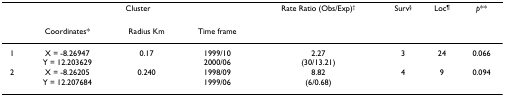
<table><thead><tr><td></td><td colspan="3"><b>Cluster</b></td><td><b>Rate Ratio (Obs/Exp)<sup>†</sup></b></td><td><b>Surv<sup>§</sup></b></td><td><b>Loc<sup>¶</sup></b></td><td><b><i>p</i>**</b></td></tr><tr><td></td><td><b>Coordinates*</b></td><td><b>Radius Km</b></td><td><b>Time frame</b></td><td></td><td></td><td></td><td></td></tr></thead><tbody><tr><td>1</td><td>X = -8.26947Y = 12.203629</td><td>0.17</td><td>1999/102000/06</td><td>2.27(30/13.21)</td><td>3</td><td>24</td><td>0.066</td></tr><tr><td>2</td><td>X = -8.26205Y = 12.207684</td><td>0.240</td><td>1998/091999/06</td><td>8.82(6/0.68)</td><td>4</td><td>9</td><td>0.094</td></tr></tbody></table>